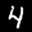
Label: 4